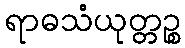
ရာဓသံယုတ္တဉ္စ